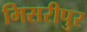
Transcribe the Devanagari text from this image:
मिसरीपुर